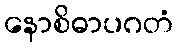
နောစိဓာပဂတံ